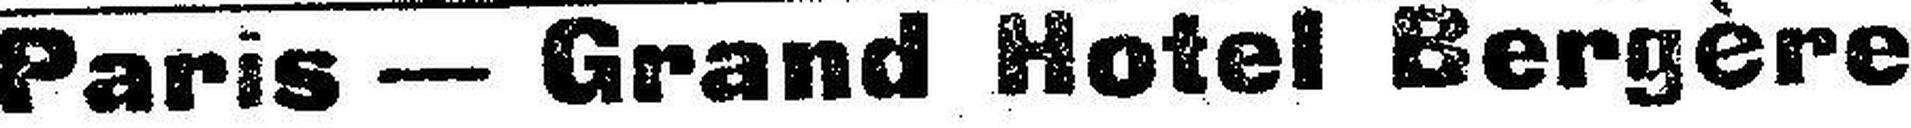
Paris — Grand Hotel Bergère